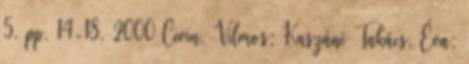
5. pp. 14-18. 2000 Civin, Vilmos; Kaszáné Takács, Éva;